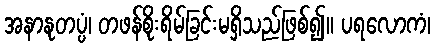
အနာနုတပ္ပံ၊ တဖန်စိုးရိမ်ခြင်းမရှိသည်ဖြစ်၍။ ပရလောကံ၊